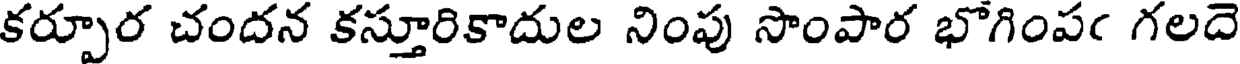
కర్పూర చందన కస్తూరికాదుల నింపు సొంపార భోగింపఁ గలదె